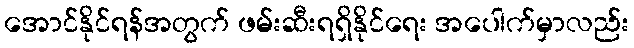
အောင်နိုင်ရန်အတွက် ဖမ်းဆီးရရှိနိုင်ရေး အပေါက်မှာလည်း